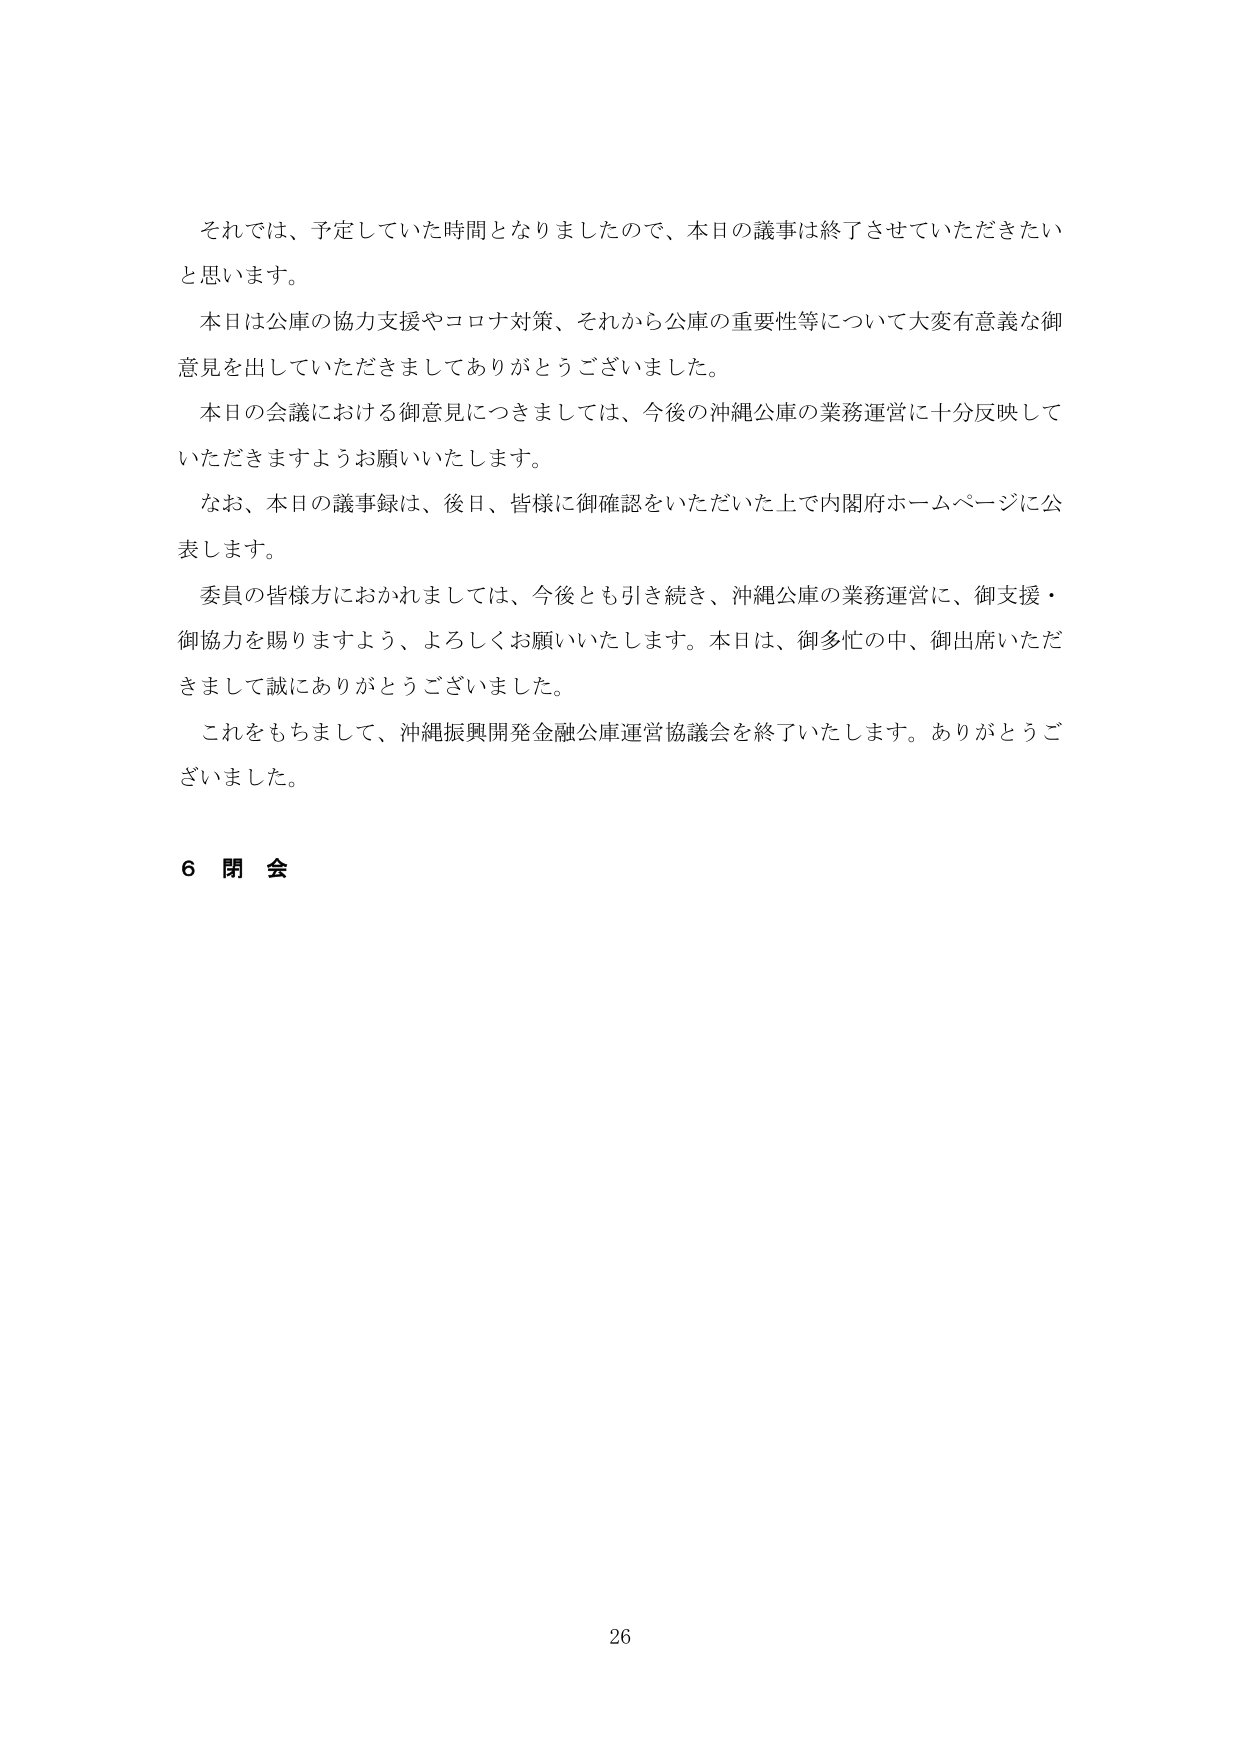
それでは、予定していた時間となりましたので、本日の議事は終了させていただきたいと思います。

本日は公庫の協力支援やコロナ対策、それから公庫の重要性等について大変有意義な御意見を出していただきましてありがとうございました。

本日の会議における御意見につきましては、今後の沖縄公庫の業務運営に十分反映していただきますようお願いいたします。

なお、本日の議事録は、後日、皆様に御確認をいただいた上で内閣府ホームページに公表します。

委員の皆様方におかれましては、今後とも引き続き、沖縄公庫の業務運営に、御支援・御協力を賜りますよう、よろしくお願いいたします。本日は、御多忙の中、御出席いただきまして誠にありがとうございました。

これをもちまして、沖縄振興開発金融公庫運営協議会を終了いたします。ありがとうございました。

6 閉会

26